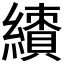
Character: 𱺊